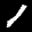
Label: 1